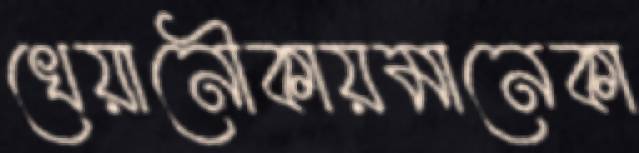
খেয়ানৌকায়মানেকা